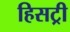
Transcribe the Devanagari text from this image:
हिसट्री